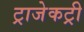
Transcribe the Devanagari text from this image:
ट्राजेकट्री